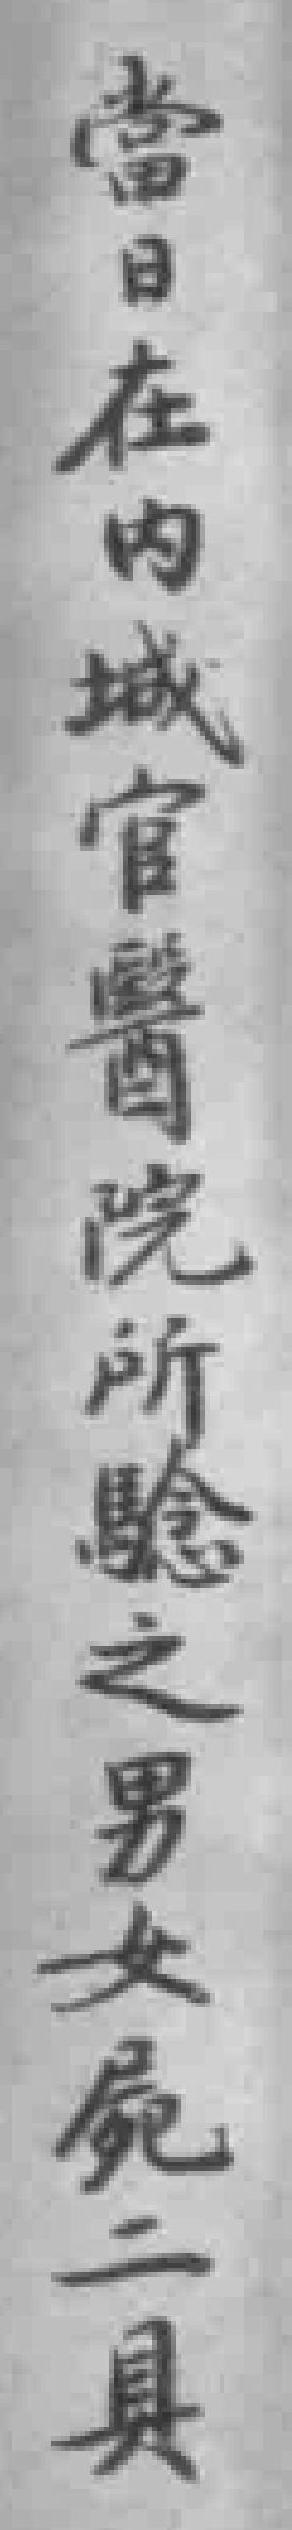
當日在内城官醫院所驗之男女屍二具